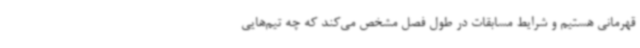
قهرمانی هستیم و شرایط مسابقات در طول فصل مشخص می‌کند که چه تیم‌هایی